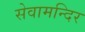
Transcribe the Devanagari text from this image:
सेवामन्दिर